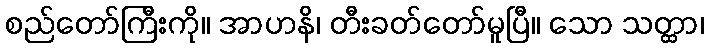
စည်တော်ကြီးကို။ အာဟနိ၊ တီးခတ်တော်မူပြီ။ သော သတ္ထာ၊